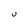
Character: U